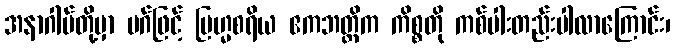
အနာဂါမ်တို့မှာ မဂ်ဖြင့် ဗြဟ္မစရိယ ဧကဘတ္တိက ကိစ္စတို ကစ်ပါးတည်းပါလာကြောင်း၊